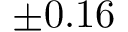
\pm 0 . 1 6